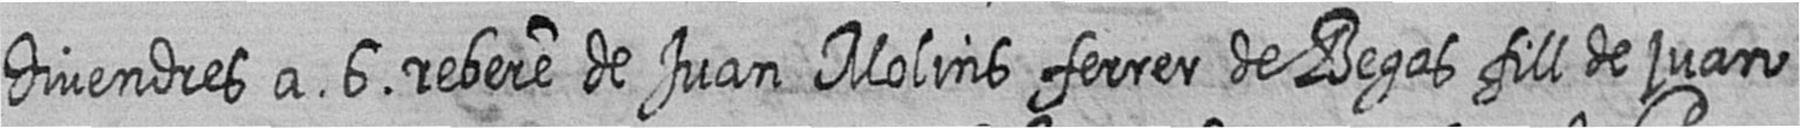
divendres a 6 rebere de Juan Molins ferrer de Begas fill de juan